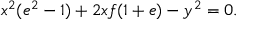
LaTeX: x ^ { 2 } ( e ^ { 2 } - 1 ) + 2 x f ( 1 + e ) - y ^ { 2 } = 0 .